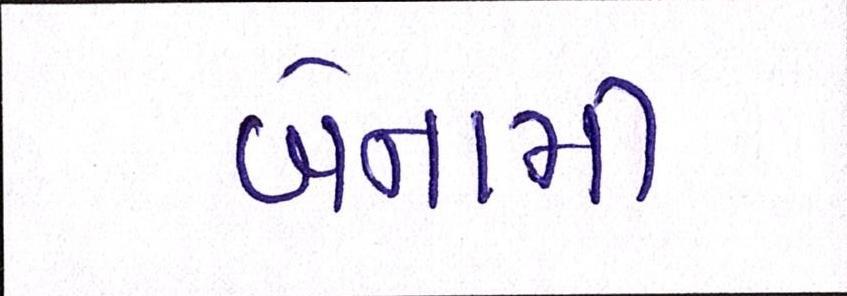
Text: બેનામી